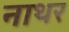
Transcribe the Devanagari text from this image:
नाथर